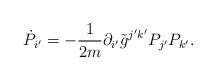
LaTeX: \begin{align*}\dot{P}_{i^\prime} = - \frac{1}{2m} \partial_{i^\prime}\tilde{g}^{j^\prime k^\prime} P_{j^\prime} P_{k^\prime}.\end{align*}